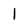
Character: 1